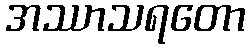
အဿာသရတော